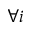
\forall i